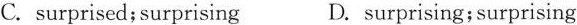
C. surprised;surprising D.surprising; surprising